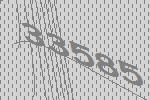
33585